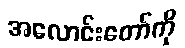
အလောင်းတော်ကို